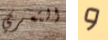
التعري و